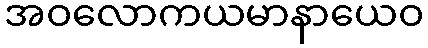
အဝလောကယမာနာယေဝ